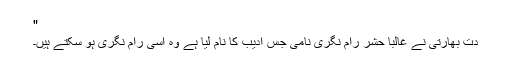
"
دت بھارتی نے غالباً حشر رام نگری نامی جس ادیب کا نام لیا ہے وہ آسی رام نگری ہو سکتے ہیں۔